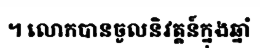
។ លោកបានចូលនិវត្តន៍ក្នុងឆ្នាំ